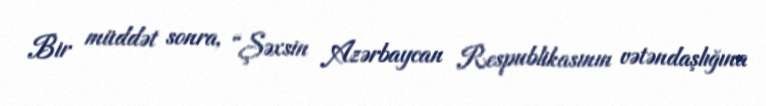
Bir müddət sonra, “Şəxsin Azərbaycan Respublikasının vətəndaşlığına